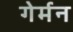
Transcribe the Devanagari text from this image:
गेर्मन